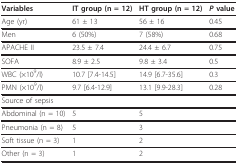
<table><thead><tr><td><b>Variables</b></td><td><b>IT group (n = 12)</b></td><td><b>HT group (n = 12)</b></td><td><b><i>P </i>value</b></td></tr></thead><tbody><tr><td>Age (yr)</td><td>61 ± 13</td><td>56 ± 16</td><td>0.45</td></tr><tr><td>Men</td><td>6 (50%)</td><td>7 (58%)</td><td>0.68</td></tr><tr><td>APACHE II</td><td>23.5 ± 7.4</td><td>24.4 ± 6.7</td><td>0.75</td></tr><tr><td>SOFA</td><td>8.9 ± 2.5</td><td>9.8 ± 3.4</td><td>0.5</td></tr><tr><td>WBC (×10<sup>9</sup>/l)</td><td>10.7 [7.4-14.5]</td><td>14.9 [6.7-35.6]</td><td>0.3</td></tr><tr><td>PMN (×10<sup>9</sup>/l)</td><td>9.7 [6.4-12.9]</td><td>13.1 [9.9-28.3]</td><td>0.28</td></tr><tr><td>Source of sepsis</td><td></td><td></td><td></td></tr><tr><td>Abdominal (n = 10)</td><td>5</td><td>5</td><td></td></tr><tr><td>Pneumonia (n = 8)</td><td>5</td><td>3</td><td></td></tr><tr><td>Soft tissue (n = 3)</td><td>1</td><td>2</td><td></td></tr><tr><td>Other (n = 3)</td><td>1</td><td>2</td><td></td></tr></tbody></table>